Vital statistics of India. Vol. VI, European troops 1870-79
Year: 1870
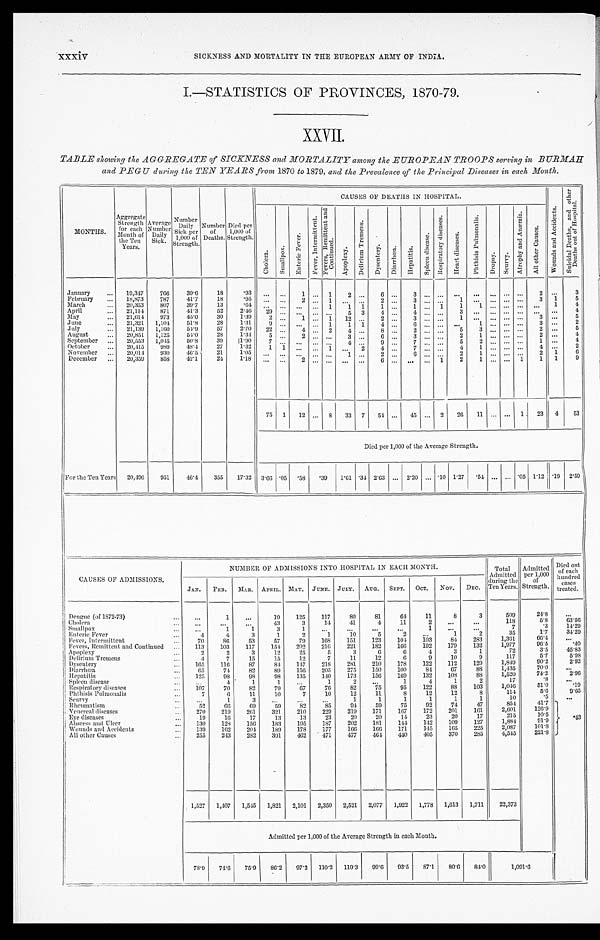
xxxiv
SICKNESS AND MORTALITY IN THE EUROPEAN ARMY OF INDIA.
I.—STATISTICS OF PROVINCES, 1870-79.
XXVII.
TABLE showing the AGGREGATE of SICKNESS and MORTALITY among the EUROPEAN TROOPS serving in BURMAH
and PEGU during the TEN YEARS from 1870 to 1879, and the Prevalence of the Principal Diseases in each Month.
MONTHS.
A g g r e g a t e
Strength
for each
Month of
the Ten
Years.
Average
Number
Daily
Sick.
Number
Daily Sick per
1,000 of
Strength.
Number
o f
Deaths.
Died per
1 , 0 0 0 o f
Strength.
CAUSES OF DEATHS IN HOSPITAL.
W o u n d s a n d A c c i d e n t s .
S u i c i d a l D e a t h s , a n d o t h e r D e a t h s o u t o f H o s p i t a l .
C h o l e r a .
Smal l pox.
E n t e r i c F e v e r .
F e v e r , I n t e r m i t t e n t .
F e v e r s , R e m i t t e n t a n d C o n t i n u e d .
A p o p l e x y .
De l i r i u m T r e me n s .
D y s e n t e r y .
D i a r r h œ a .
H e p a t i t i s .
S p l e e n d i s e a s e . R e s p i r a t o r y d i s c a s e s .
H e a r t d i s e a s e s .
P h t h i s i s P u l m o n a l i s .
D r o p s y .
S c u r v y .
A t r o p h y a n d A n æ m i a .
A l l o t h e r C a u s e s .
January . . .
19,347
766
39.6
18
.93
. . .
. . .
1
. . .
1
2
. . .
6
. . .
3
. . .. . .
. . .
. . .
. . .
. . . . . .
2
. . .
3
February . . .
18,873
787
41.7
18
.95
. . .
. . .
2
. . .
1
. . .. . .
2 . . .
3
. . .. . .
1
. . .
. . .
. . . . . .
3
1
5
March . . .
20,353
807
39.7
13
.64
. . . . . .
. . .
. . .
1
1
1
1
. . .
1
. . . 1
1
1
. . .
. . . . . .
. . .
1
4
April . . .
21,114
871
41.3
52
2 . 4 6
29 . . .
. . .
. . .
. . .
5 3
4
. . .
4
. . .. . .
3 . . .
. . .
. . . . . .
. . .
. . .
4
May . . .
21,614
973
45.0
30
1 . 3 9
2 . . .
1
. . . 1
12 . . .
2
. . .
3
. . .. . .
1 . . .
. . .
. . . . . .
3
. . .
5
June . . .
21,321
1,104
51.8
28
1.31
9 . . .
. . .
. . . 1
1
1
4
. . .
6
. . .. . .
. . . 1
. . .
. . . . . .
3
. . .
2
July . . .
21,139
1,160
54.9
57
2.70
22 . . .
4
. . . 2
4
. . .
8
. . .
2
. . .. . .
5
3
. . .
. . . . . .
2
. . .
5
August . . .
20,851
1,125
54.0
28
1.34
5 . . .
2
. . .
. . .
3 . . .
6
. . .
3
. . .. . .
2
1
. . .
. . . . . .
2
. . .
4
September . . .
20,553
1,045
50.8
39
1.90
7 . . .
. . .
. . .
. . .
4 . . .
9
. . .
7
. . .. . .
5
2
. . .
. . . . . .
1
. . .
4
October . . .
20,415
989
48.4
27
1.32
1
1
. . .
. . .
1
. . .2
4
. . .
7
. . .. . .
4
1
. . .
. . . . . .
4
. . .
2
November . . .
20,014
930
46.5
21
1.05
. . .
. . .
. . .
. . .
. . .
1 . . .
2
. . .
6
. . . . . .
2
1
. . .
. . . . . .
2
1
6
December . . .
20,359
858
42.1
24
1.18
. . .
. . .
2
. . .
. . .
. . .. . .
6
. . .
. . .
. . .1
2
1
. . .
. . .
1
1
1
9
75
1
12
. . . 8
33
7
54
. . .
45
. . . 2
26
11
. . .
. . .
1
23
4
53
Died per 1,000 of the Average Strength.
For the Ten Years
20,496
951
46.4
355
17.32
3.66 .05
.58
. 3 9
1.61 .34 2.63
. . . 2.20
. . . .10 1.27
.54
. . .
. . . .05 1.12 .19
2.59
CAUSES OF ADMISSIONS.
NUMBER OF ADMISSIONS INTO HOSPITAL IN EACH MONTH.
Total
Admitted
during the
Ten Years.
Admitted
per 1,000
of
Strength.
Died out
of each
hundred
cases
treated.
JAN.
FEB.
MAR.
APRIL. MAY.
JUNE.
JULY. AUG.
SEPT.
OCT.
NOV.
DEC.
Dengue (of 1872-73) . . .
. . .
1
. . .
19
125
117
80
81
64
11
8
3
509
24.8
. . .
Cholera . . .
. . .
. . .
. . .
43
3
14
41
4
11
2
. . .
. . .
1 1 8
5 . 8
6 3 . 5 6
Smallpox . . .
. . .
1
1
3
1
. . .
. . .
. . .
. . .
1
. . .
. . .
7
. 3
1 4 . 2 9
Enteric Fever . . .
4
4
3
1
2
1
10
5
2
. . .
1
2
3 5
1 . 7
3 4 . 2 9
Fever, Intermittent . . .
70
86
53
57
79
1 6 8
151
123
104
103
84
283
1,361
6 6 . 4
. . .
Fevers, Remittent and Continued . . .
113
103
117
154
202
216
221
182
166
192
179
132
1,977
9 6 . 5
. 4 0
Apoplexy . . .
2
2
3
12
2 5
5
3
6
6
4
3
1
7 2
3 . 5
4 5 . 8 3
Delirium Tremens . . .
4
7
15
15
12
7
11
12
6
9
10
9
1 1 7
5 . 7
5 . 9 8
Dysentery . . .
165
116
87
84
147
218
281
210
178
122
112
129
1,849
90.2
2 . 9 2
Diarrhœa . . .
65
74
82
89
156
205
275
150
100
84
67
88
1,435
7 0 . 0
. . .
Hepatitis . . .
125
98
98
98
135
140
173
156
169
132
108
88
1,520
7 4 . 2
2 . 9 6
Spleen disease . . .
. . .
4
1
1
. . .
1
2
. . .
1
4
1
2
1 7
. 8
. . .
Respiratory diseases . . .
107
70
82
79
67
76
82
75
95
122
88
103
1,046
51.0
. 1 9
Phthisis Pulmonalis . . .
7
6
11
10
7
10
12
11
8
12
12
8
114
5 . 6
9 . 6 5
Scurvy . . .
. . .
1
3
. . .
. . .
. . .
1
1
1
1
1
1
1 0
. 5
. . .
. 4 3
Rheumatism . . .
52
66
69
59
82
85
94
59
75
92
74
4 7
8 5 4
4 1 . 7
Venereal diseases . . .
270
219
261
321
210
229
219
171
167
172
201
161
2,601
1 2 6 . 9
Eye diseases . . .
19
16
17
13
13
23
20
20
14
23
20
17
2 1 5
1 0 . 5
Abscess and Ulcer . . .
130
128
156
183
195
187
202
181
144
142
109
1 2 7
1 , 8 8 4
9 1 . 9
Wounds and Accidents . . .
139
162
204
189
178
177
166
166
171
145
165
225
2,087
1 0 1 . 8
All other Causes . . .
255
243
282
391
462
471
477
464
440
405
370
285
4,545
2 2 1 . 8
1,527
1,407
1,545
1,821
2,101
2,350
2,521
2,077
1,922
1,778
1,613
1,711
22,373
Admitted per 1,000 of the Average Strength in each Month.
78.9
74.6
75.9
86.2
97.2
110.2
119.3
99.6
93.5
87.1
80.6
84.0
1,091.6